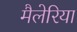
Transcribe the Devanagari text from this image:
मैलेरिया